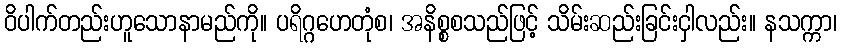
ဝိပါက်တည်းဟူသောနာမည်ကို။ ပရိဂ္ဂဟေတုံစ၊ အနိစ္စစသည်ဖြင့် သိမ်းဆည်းခြင်းငှါလည်း။ နသက္ကာ၊